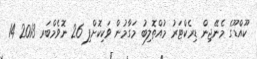
ކޫއްޑޫގެ މެނޭޖިން ޑިރެކްޓަރު މުއްތޮލިބު މަގާމުން ވަކިކޮށްފި 26 ނޮވެމްބަރ 2013 14